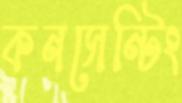
কনসেন্টিং